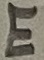
Text: E